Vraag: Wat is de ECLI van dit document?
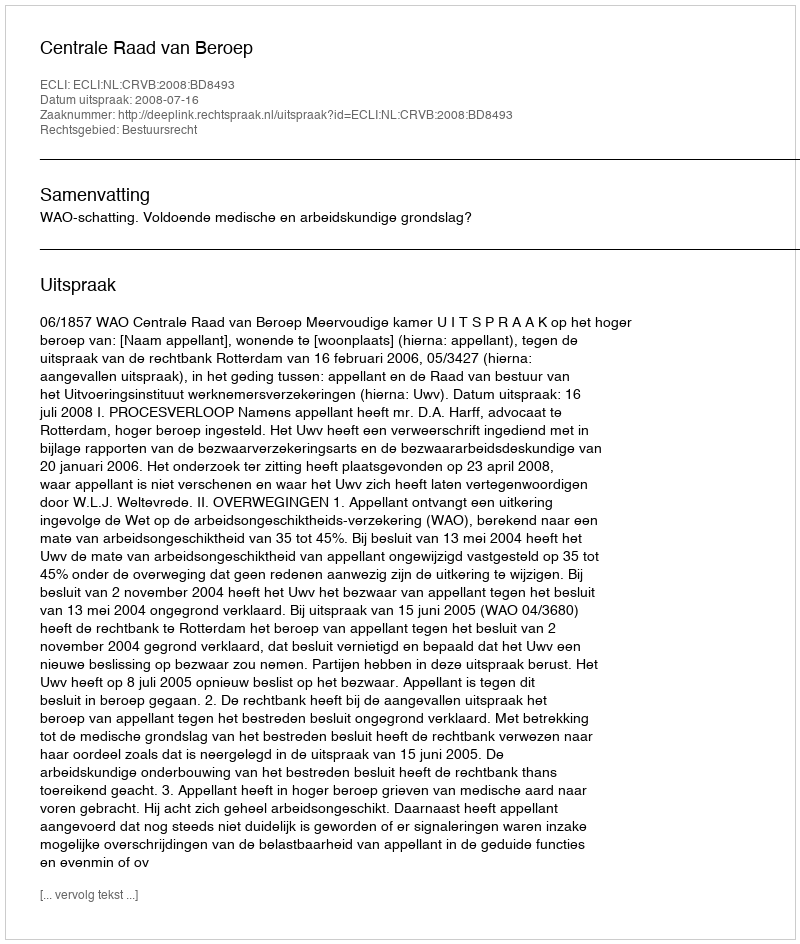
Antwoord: ECLI:NL:CRVB:2008:BD8493